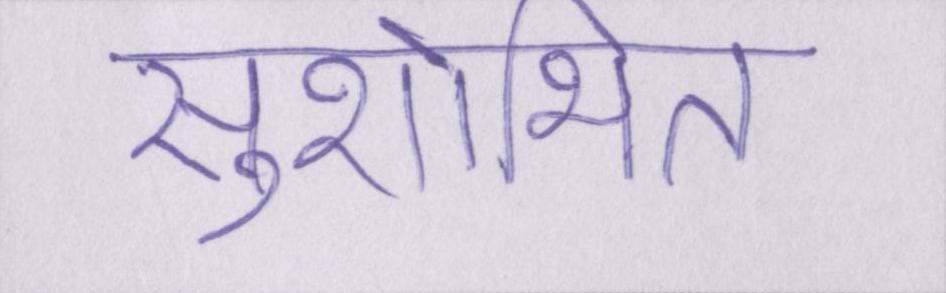
सुशोभित